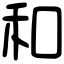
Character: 和